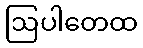
ဩပါတေထ